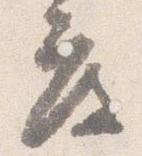
度